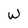
Character: W